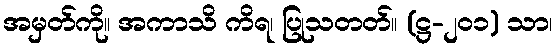
အမှတ်ကို။ အကာသိ ကိရ၊ ပြုသတတ်။ (ဋ္ဌ-၂၀၁) သာ၊